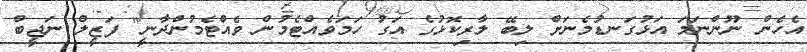
އެހެން ނޫންނަމަ އަޅުގަނޑުމެނަށް ލިބޭ ލާރިކޮޅުގެ އަގު ހަމަވެއްޓެމުން ވެއްޓެމުންދާނީ" ފަޒީލް ނަޖީބް